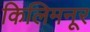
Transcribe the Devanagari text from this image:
किलिमनूर